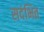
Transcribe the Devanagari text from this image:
सदंभित